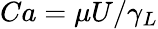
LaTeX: Ca=\mu U/\gamma_{L}